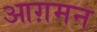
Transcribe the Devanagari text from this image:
आग़मन